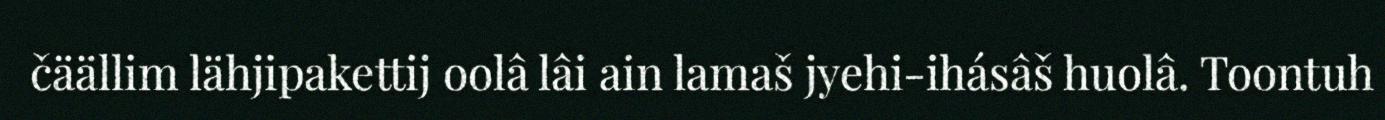
čäällim lähjipakettij oolâ lâi ain lamaš jyehi-ihásâš huolâ. Toontuh